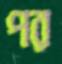
পর